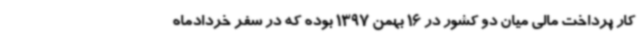
کار پرداخت مالی میان دو کشور در 16 بهمن 1397 بوده که در سفر خردادماه